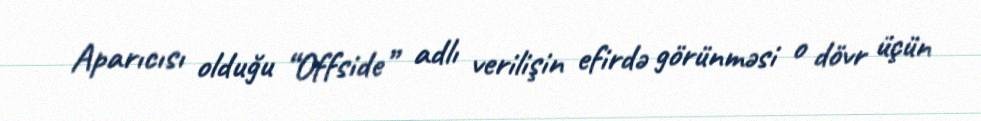
Aparıcısı olduğu “Offside” adlı verilişin efirdə görünməsi o dövr üçün